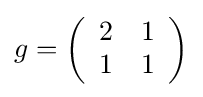
{\textstyle g=\left({\begin{array}{cc}2&1\\1&1\end{array}}\right)}